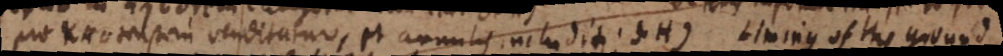
pro Krotenstein venditatur, et annulis includitur. S.H) Liming of the ground